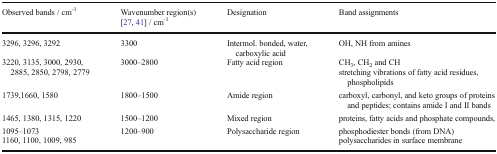
| Observed bands / cm-1 | Wavenumber region(s)[27, 41] / cm-1 | Designation | Band assignments |
 | --- | --- | --- | --- |
 | 3296, 3296, 3292 | 3300 | Intermol. bonded, water, carboxylic acid | OH, NH from amines |
 | 3220, 3135, 3000, 2930, 2885, 2850, 2798, 2779 | 3000–2800 | Fatty acid region | CH3, CH2 and CHstretching vibrations of fatty acid residues, phospholipids |
 | 1739,1660, 1580 | 1800–1500 | Amide region | carboxyl, carbonyl, and keto groups of proteins and peptides; contains amide I and II bands |
 | 1465, 1380, 1315, 1220 | 1500–1200 | Mixed region | proteins, fatty acids and phosphate compounds, |
 | 1095–10731160, 1100, 1009, 985 | 1200–900 | Polysaccharide region | phosphodiester bonds (from DNA)polysaccharides in surface membrane |